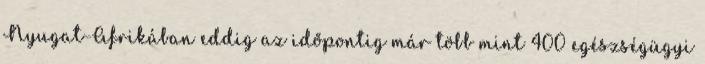
Nyugat-Afrikában eddig az időpontig már több mint 400 egészségügyi